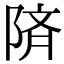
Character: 𫕅